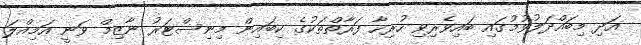
އަދި މިބައްދަލުވުމުގައި ބައިވެރިވި ހުރިހާ ފަރާތްތަކުގެ ކިބައިން މިނިސްޓަރު ނާޒިމް ވަނީ އަމިއްލަ